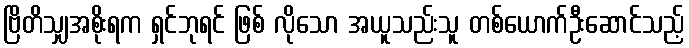
ဗြိတိသျှအစိုးရက ရှင်ဘုရင် ဖြစ် လိုသော အယူသည်းသူ တစ်ယောက်ဦးဆောင်သည့်